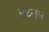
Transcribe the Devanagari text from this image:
रथ्नम